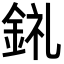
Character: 𨦂